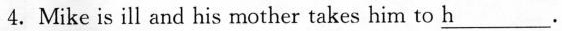
4.Mike is ill and his mother takes him to h _.